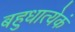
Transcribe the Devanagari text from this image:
बहुधात्येकं